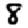
Digit: 8